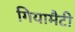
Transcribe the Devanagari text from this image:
गियामैटी